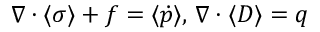
\, \, \nabla \cdot \langle \sigma \rangle + f = \langle \dot { p } \rangle , \, \nabla \cdot \langle D \rangle = q